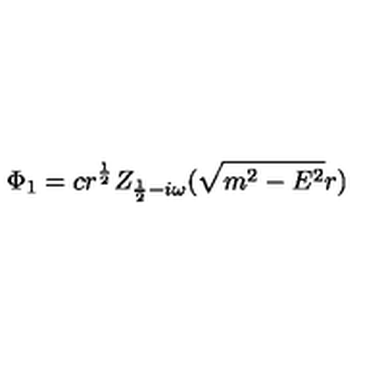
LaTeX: \Phi _ { 1 } = c r ^ { \frac 1 2 } Z _ { \frac 1 2 - i \omega } ( \sqrt { m ^ { 2 } - E ^ { 2 } } r )